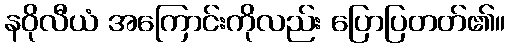
နဝိုလီယံ အကြောင်းကိုလည်း ပြောပြတတ်၏။